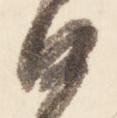
沙